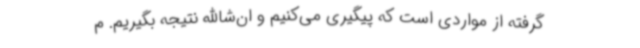
گرفته از مواردی است که پیگیری می‌کنیم و ان‌شاالله نتیجه بگیریم. م